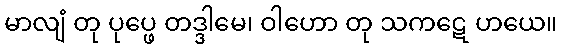
မာလျံ တု ပုပ္ဖေ တဒ္ဒါမေ၊ ဝါဟော တု သကဋေ ဟယေ။